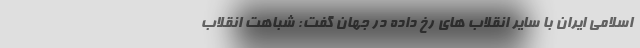
اسلامی ایران با سایر انقلاب های رخ داده در جهان گفت: شباهت انقلاب